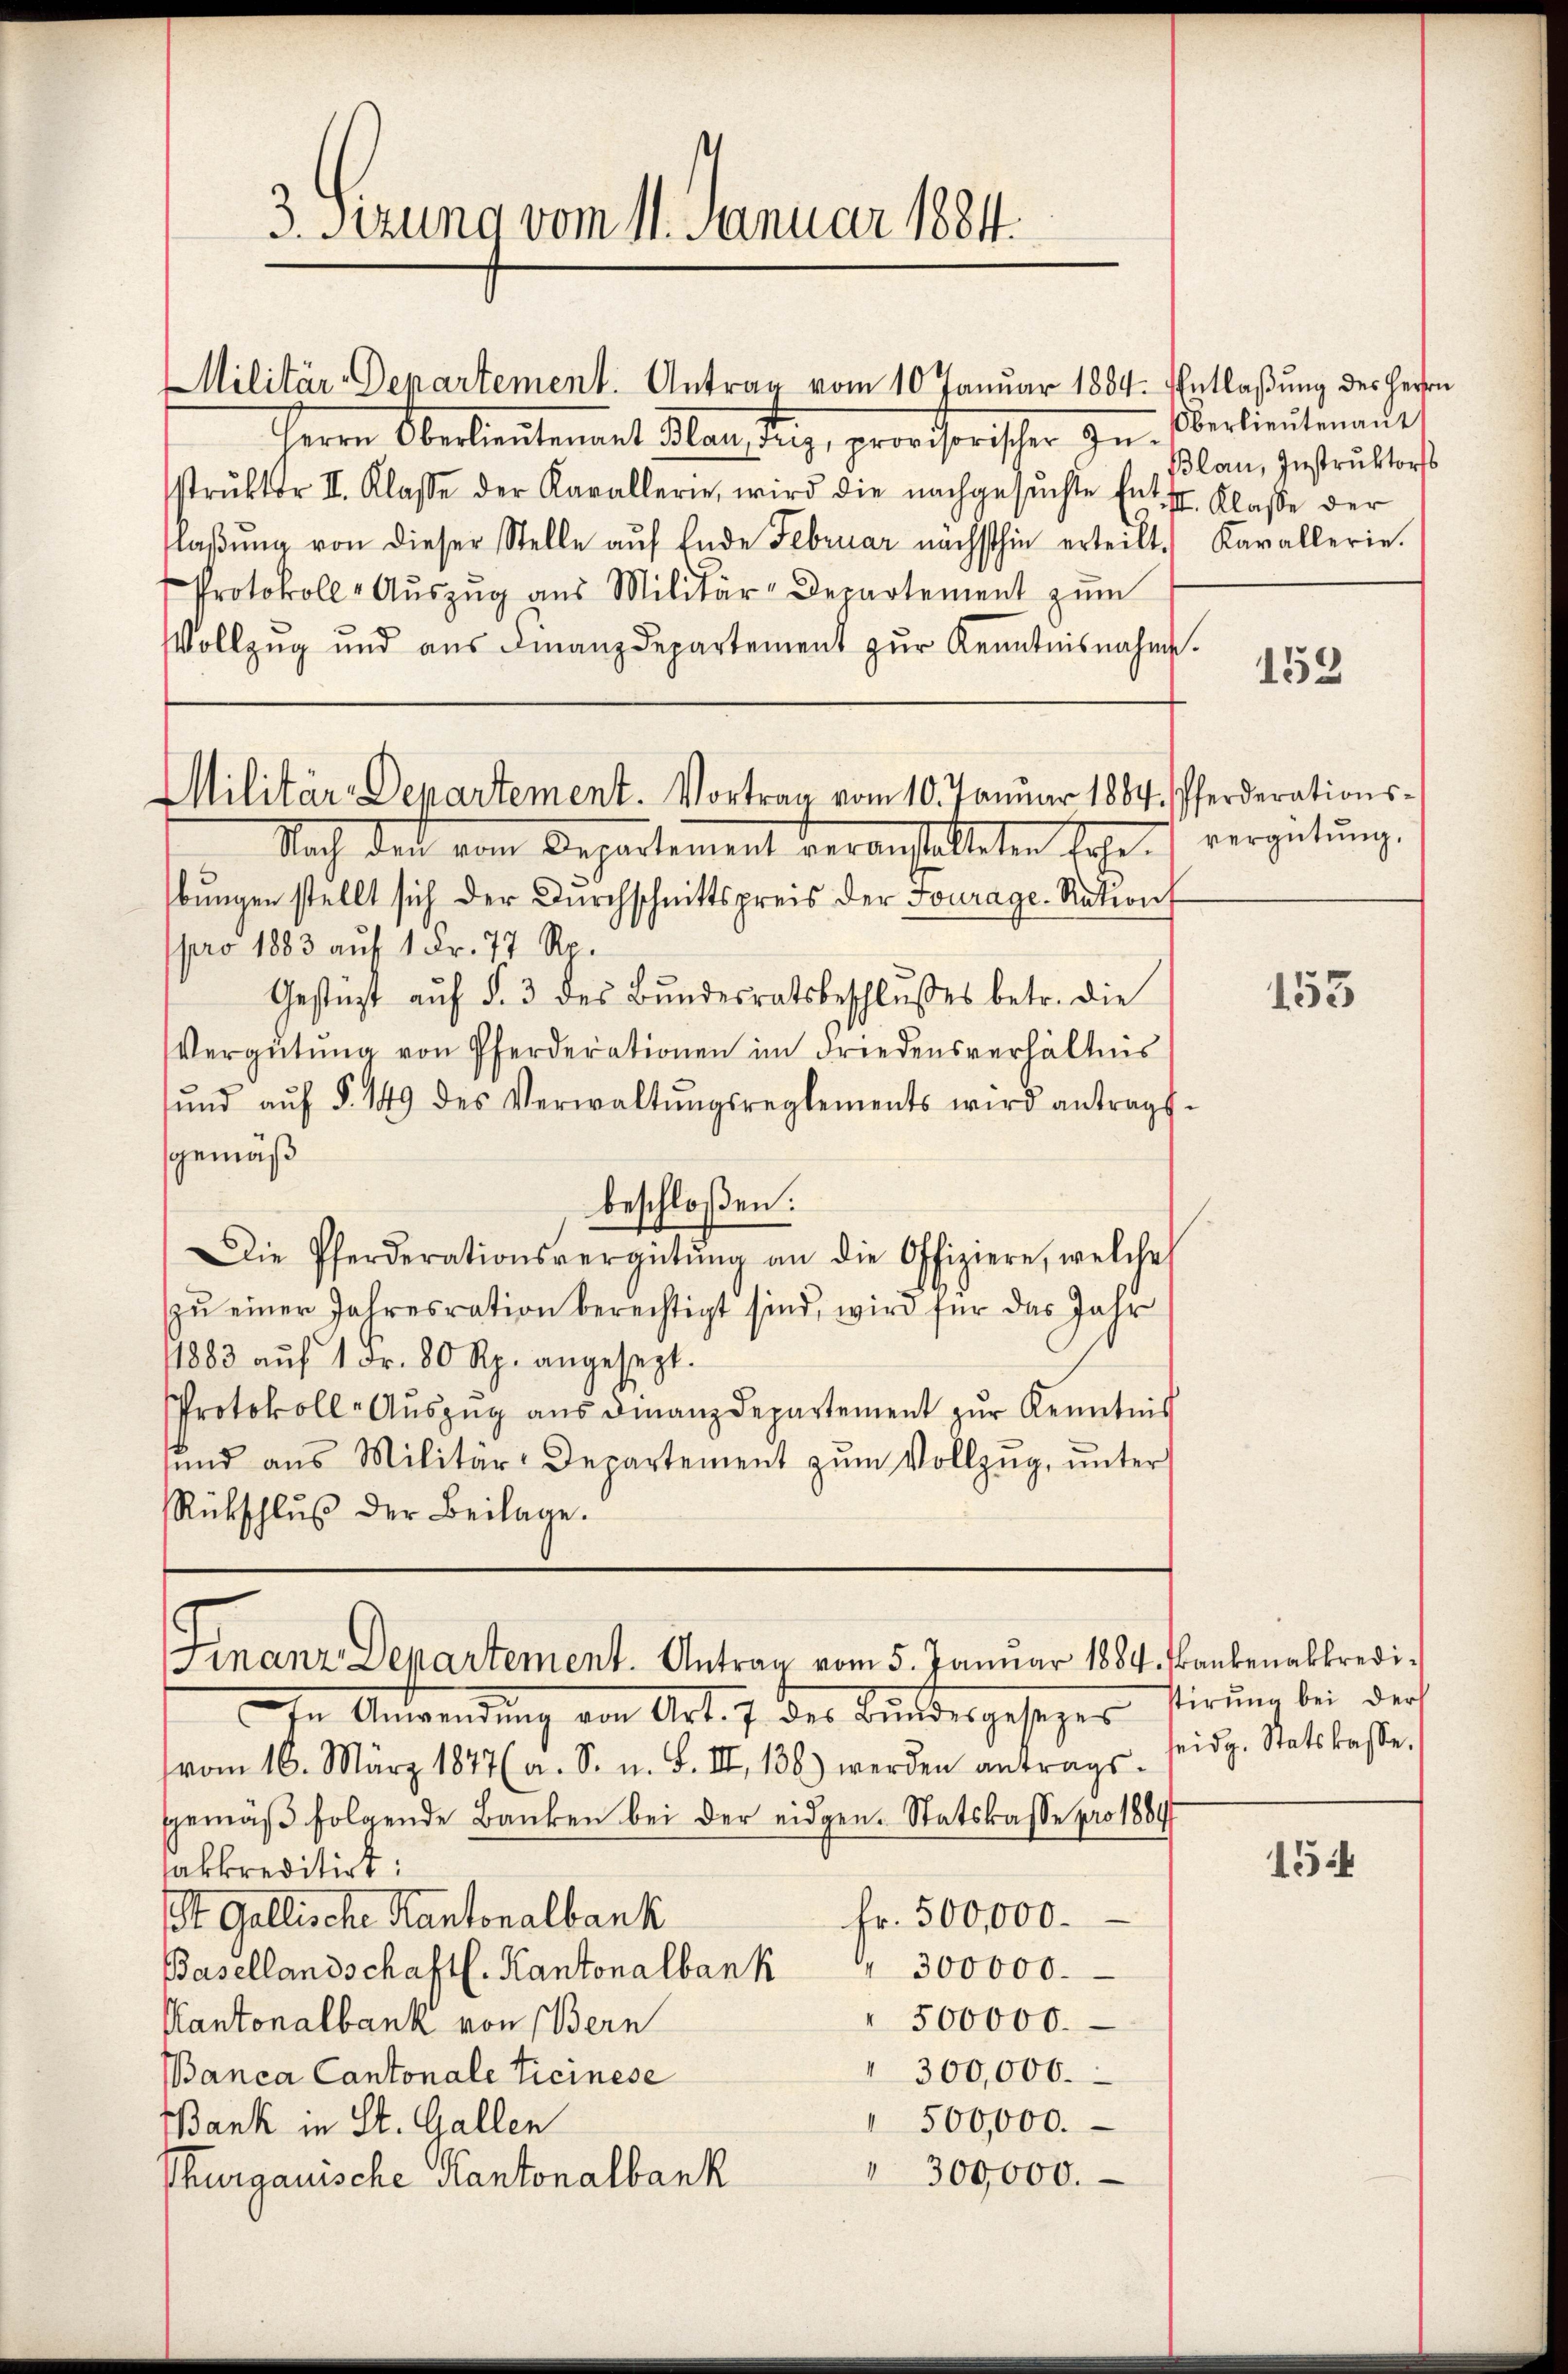
3. Sizung vom 11. Januar 1884.

Militär-Departement. Antrag vom 10 Januar 1884. Entlaßung des Herrn
Herrn Oberlautenant Meistung, provisorischen Zustrŭktor II. Klasse der Kavallerie, wird die nachgesŭchte Ent II. Klasse der
flaβŭng von dieser Stelle aŭf Ende Februar nächsthin erteilt. Kavallerie.
Protokoll- Aŭszŭg aŭs Militär-Departement zŭm
Vollzug und aŭs Finanzdepartement zŭr Kenntnisnahme.

Militär-Departement. Vortrag vom 10. Januar 1884. Pferderations¬

Nach der von Departement veranstalteten Ehe vergütung.
bungen stellt sich der Durchschnittspreis der Fourage. Nation
pro 1883 auf 1 Fr. 77 Ro.
Gestüzt aŭf §. 3 des Bundesratsbeschlußes betr. die
Vergütŭng von Pferderationen im Friedensverhältnis
ŭnd aŭf § 149 des Verwaltŭngsreglements wird antrags-
gemäß
beschloßen:
Die Pferderationsvergütŭng an die Offiziere, welche
zŭ einer Jahresration berechtigt sind, wird für das Jahr
1883 aŭf 1 Fr. 80 Rp. angesezt.
Protokoll-Auszug aus Finanzdepartement zur Kenntnis
und aus Militär-Departement zŭm Vollzug, unter
Rückschlŭβ der Beilage.

inanz Departement. Antrag vom 5. Januar 1884. Frankenakkredi¬

Anwendung von Art. 7. des Bundesgesezer
vom 16. März 1877 (a. S. n. F. II. 136) werden antrags-
gemäβ folgende Banken bei der eidgen. Statskasse pro 1884
sakkreditirt:
St. Gallische Kantonalbank
Fr. 500,000.
300000.
Basellandschaftl. Kantonalbank
 500000.
Kantonalbank von Bern
300,000.
Banca Cantonale Ticinese
500,000.
Bank in St. Gallen
" 300,000.
Thurgauische Kantonalbank

Oberlieutenant
Plan, Instruktors

152

155

stirung bei der
seidg. Statskasse,

154